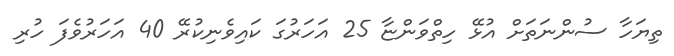
ތިޔަހާ ސުންނަތަށް އުޅޭ ހިތްވަންޏާ 25 އަހަރުގަ ކައިވެނިކުރޭ 40 އަހަރުވެފަ ހުރި